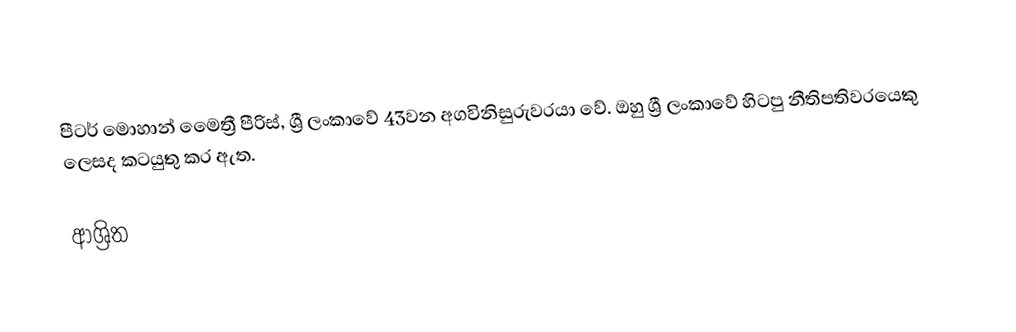
පීටර් මොහාන් මෙෙත්‍රී පීරිස්, ශ්‍රී ලංකාවේ 43වන අගවිනිසුරුවරයා වේ. ඔහු ශ්‍රී ලංකාවේ හිටපු නීතිපතිවරයෙකු ලෙසද කටයුතු කර ඇත.

ආශ්‍රිත